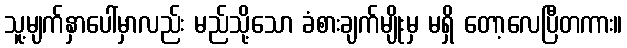
သူ့မျက်နှာပေါ်မှာလည်း မည်သို့သော ခံစားချက်မျိုးမှ မရှိ တော့လေပြီတကား။